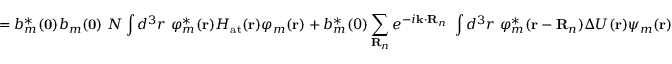
= b _ { m } ^ { * } ( \mathbf { 0 } ) b _ { m } ( \mathbf { 0 } ) \ N \int d ^ { 3 } r \ \varphi _ { m } ^ { * } ( \mathbf { r } ) H _ { \mathrm { a t } } ( \mathbf { r } ) \varphi _ { m } ( \mathbf { r } ) + b _ { m } ^ { * } ( 0 ) \sum _ { \mathbf { R } _ { n } } e ^ { - i \mathbf { k } \cdot \mathbf { R } _ { n } } \ \int d ^ { 3 } r \ \varphi _ { m } ^ { * } ( \mathbf { r } - \mathbf { R } _ { n } ) \Delta U ( \mathbf { r } ) \psi _ { m } ( \mathbf { r } )